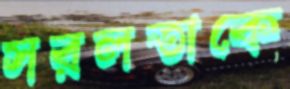
সরলতাকে